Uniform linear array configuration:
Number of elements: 32
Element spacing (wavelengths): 0.75
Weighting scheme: hamming
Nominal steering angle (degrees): -60
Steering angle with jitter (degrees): -58.057
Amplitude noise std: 0.05
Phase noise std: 0.05

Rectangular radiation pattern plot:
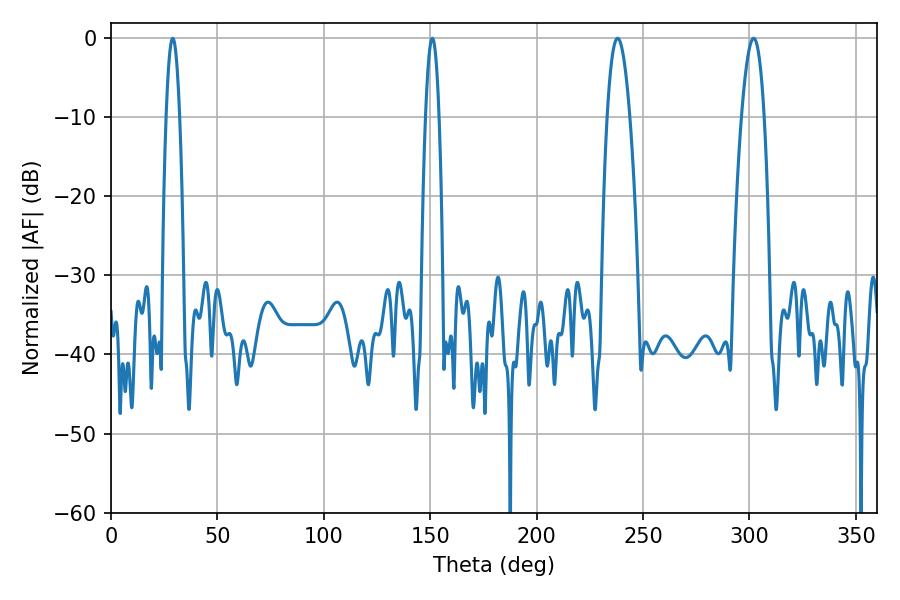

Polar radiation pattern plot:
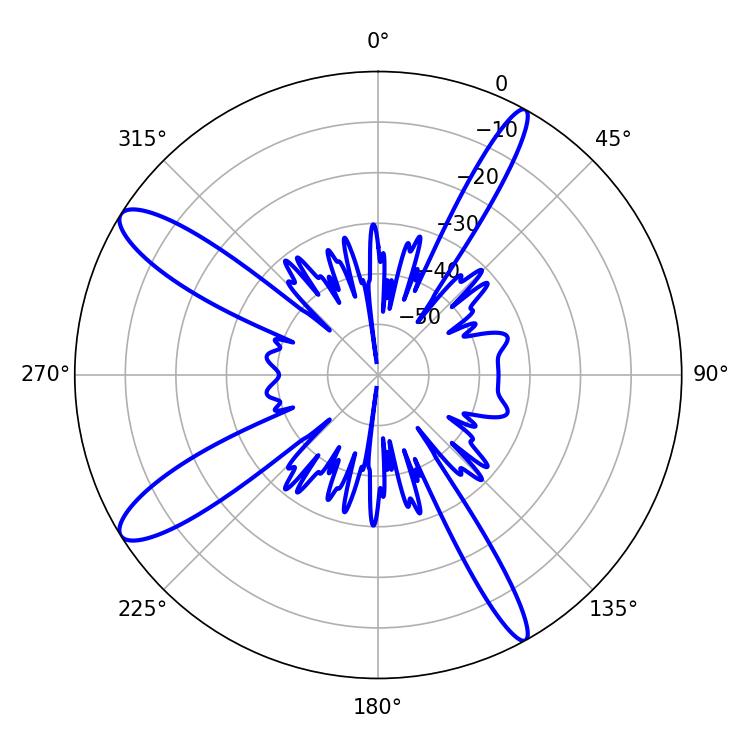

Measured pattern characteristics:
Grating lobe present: TRUE
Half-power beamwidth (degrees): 3.42
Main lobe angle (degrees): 28.98